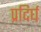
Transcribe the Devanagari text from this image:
प्रदिर्घ